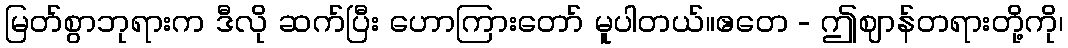
မြတ်စွာဘုရားက ဒီလို ဆက်ပြီး ဟောကြားတော် မူပါတယ်။ဧတေ - ဤဈာန်တရားတို့ကို၊